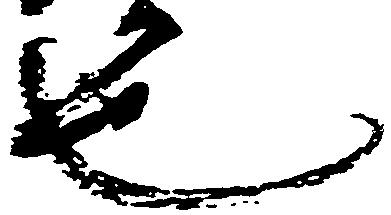
也